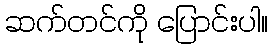
ဆက်တင်ကို ပြောင်းပါ။